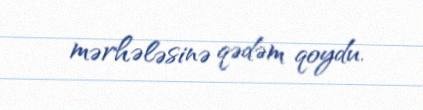
mərhələsinə qədəm qoydu.